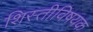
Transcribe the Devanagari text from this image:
शिस्तीविषयक